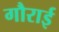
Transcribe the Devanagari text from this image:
गौराई